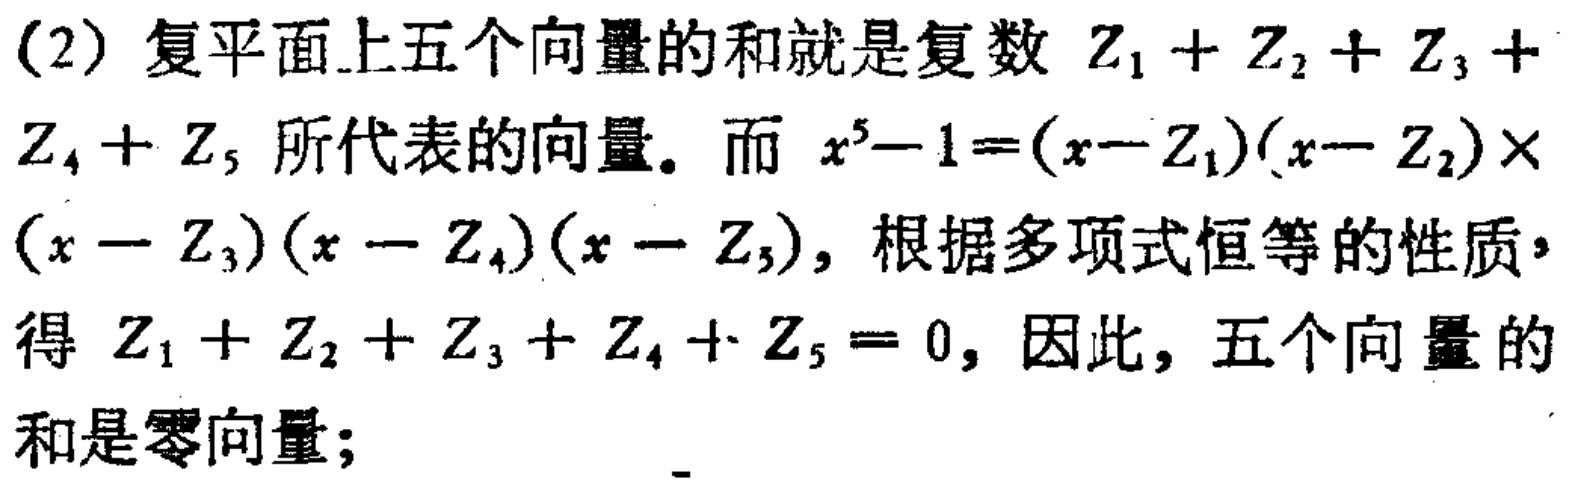
(2) 复平面上五个向量的和就是复数 \(Z_{1}+Z_{2}+Z_{3}+Z_{4}+Z_{5}\) 所代表的向量。而 \(x^{5}-1=(x - Z_{1})(x - Z_{2})\times(x - Z_{3})(x - Z_{4})(x - Z_{5})\)，根据多项式恒等的性质，得 \(Z_{1}+Z_{2}+Z_{3}+Z_{4}+Z_{5}=0\)，因此，五个向量的和是零向量；